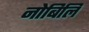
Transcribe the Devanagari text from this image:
नोबिलि